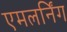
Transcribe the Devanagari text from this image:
एमलर्निंग